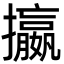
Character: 攍